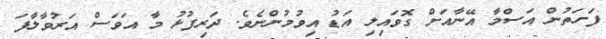
ފަހަތުން އަސްމާ އޭނާއަށް ގޮވައިލި އަޑު އިވުމުންނެވެ. ދަރިފުޅު މާ އަވަސް އަރުވާލާފަ